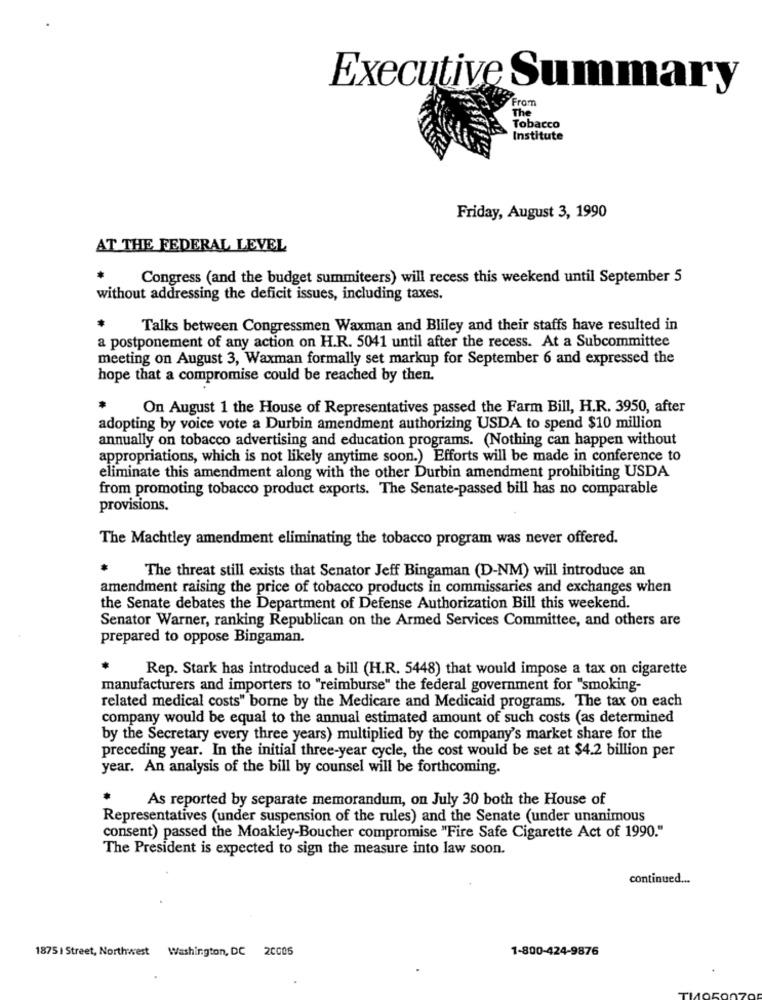
Executive Summary
From
The
Tobacco
Institute
Friday, August 3, 1990
AT THE FEDERAL LEVEL
Congress (and the budget summiteers) will recess this weekend until September 5
without addressing the deficit issues, including taxes.
Talks between Congressmen Waxman and Bliley and their staffs have resulted in
a postponement of any action on H.R. 5041 until after the recess. At a Subcommittee
meeting on August 3, Waxman formally set markup for September 6 and expressed the
hope that a compromise could be reached by then.
On August 1 the House of Representatives passed the Farm Bill, H.R. 3950, after
adopting by voice vote a Durbin amendment authorizing USDA to spend $10 million
annually on tobacco advertising and education programs. (Nothing can happen without
appropriations, which is not likely anytime soon.) Efforts will be made in conference to
eliminate this amendment along with the other Durbin amendment prohibiting USDA
from promoting tobacco product exports. The Senate-passed bill has no comparable
provisions.
The Machtley amendment eliminating the tobacco program was never offered.
The threat still exists that Senator Jeff Bingaman (D-NM) will introduce an
amendment raising the price of tobacco products in commissaries and exchanges when
the Senate debates the Department of Defense Authorization Bill this weekend.
Senator Warner, ranking Republican on the Armed Services Committee, and others are
prepared to oppose Bingaman.
Rep. Stark has introduced a bill (H.R. 5448) that would impose a tax on cigarette
manufacturers and importers to "reimburse" the federal government for "smoking-
related medical costs" borne by the Medicare and Medicaid programs. The tax on each
company would be equal to the annual estimated amount of such costs (as determined
by the Secretary every three years) multiplied by the company's market share for the
preceding year. In the initial three-year cycle, the cost would be set at $4.2 billion per
year. An analysis of the bill by counsel will be forthcoming.
As reported by separate memorandum, on July 30 both the House of
Representatives (under suspension of the rules) and the Senate (under unanimous
consent) passed the Moakley-Boucher compromise "Fire Safe Cigarette Act of 1990."
The President is expected to sign the measure into law soon.
continued ...
1875 | Street, Northwest
Washington, DC 20005
1-800-424-9876